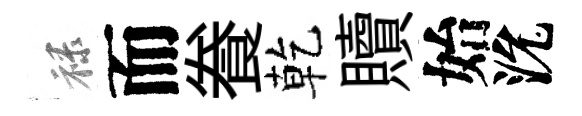
禄而飬乾贖始沇